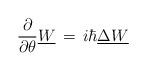
LaTeX: \begin{align*}{\partial \over \partial \theta} \underline W \,=\, i\hbar \underline \Delta \underline W\end{align*}